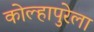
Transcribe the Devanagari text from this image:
कोल्हापुरेला